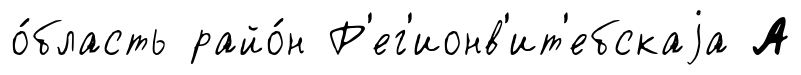
о́бласть райо́н Р'ег'ионв'ит'ебскаjа А